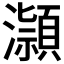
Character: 𪷿